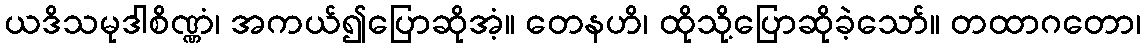
ယဒိသမုဒါစိဏ္ဏံ၊ အကယ်၍ပြောဆိုအံ့။ တေနဟိ၊ ထိုသို့ပြောဆိုခဲ့သော်။ တထာဂတော၊